Lock hospitals Punjab
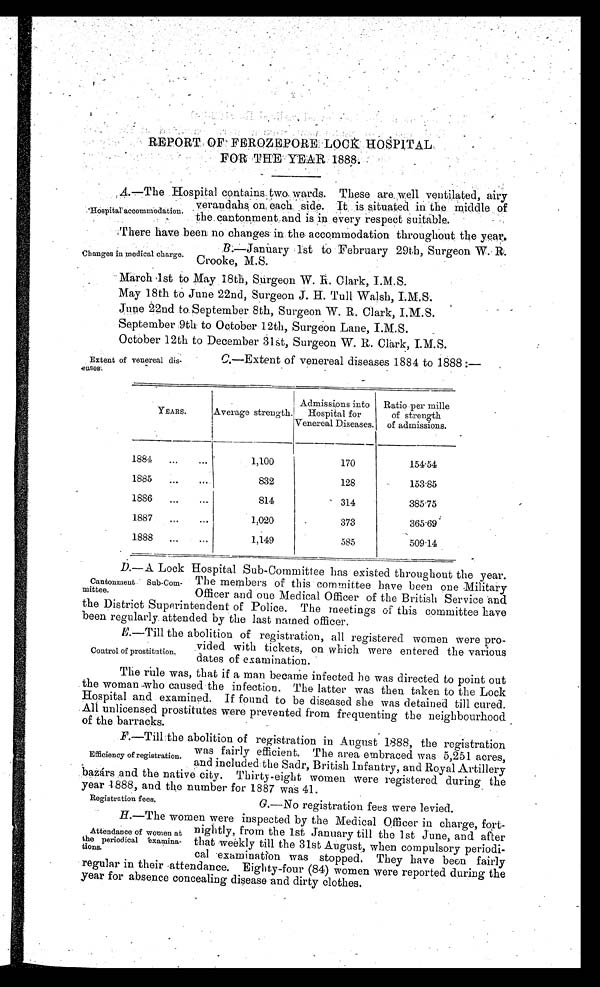
Registration fees.
G. —No registration fees were levied.
REPORT OF` FEROZEPORE LOCK HOSPITAL
FOR THE YEAR 1888.
A .—The Hospital contains two wards. These are well ventilated, airy
verandahs, on each side. It is situated in the middle of
the cantonment and is in every respect suitable.
There have been no changes in the accommodation throughout the year.
B
.—January 1st to February 29th, Surgeon W. R.
Crooke, M.S.
March 1st to May 18th, Surgeon W. R. Clark, I.M.S.
May 18th to June 22nd, Surgeon J. H. Tull Walsh, I.M.S.
June 22nd to September 8th, Surgeon W. R. Clark, I.M.S.
September 9th to October 12th, Surgeon Lane, I.M.S.
October 12th to December 31st, Surgeon W. R. Clark,
Hospital accommodation.
Changes in medical charge.
Extent of venereal dis-
,eases.
C.—Extent of venereal diseases 1884 to 1888 :—
YEARS.
Average strength.
Admissions into
Hospital for
Venereal Diseases.
Ratio per naille
of strength
of admissions.
1884
...
...
1,100
170
154.54
1885
...
...
832
128
153.85
1886
...
. . .
814
314
385.75
1887
...
. . .
1,020
373
365.69
1888
...
...
1,149
585
509.14
D. —A. Lock Hospital Sub-Committee has existed throughout the year.
The members of this committee have been one Military
Officer and one Medical Officer of the British Service and
the District Superintendent of Police. The meetings of this committee have
been regularly attended by the last named officer.
E.—Till the abolition of registration, all registered women were pro-
vided with tickets, on which were entered the various
dates of examination.
The rule was, that if a man became infected he was directed to point out
the woman-who caused the infection. The latter was then taken to the Lock
Hospital and examined. If found to be diseased she was detained till cured.
All unlicensed prostitutes were prevented from frequenting the neighbourhood
of the barracks.
F.—Till the abolition of registration in August 1888, the registration
was fairly efficient. The area embraced was 5,251 acres,
and included the Sadr, British Infantry, and Royal Artillery
bazárs and the native city. Thirty-eight women were registered during the
year 1888, and the number for 1887 was 41.
Cantonment Sub-Com-
mittee.
Control of prostitution.
Efficiency of registration.
H. —The women were inspected by the Medical Officer in charge, fort-
nightly, from the 1st January till the 1st June, and after
that weekly till the 31st August, when compulsory periodi-
cal -examination was stopped. They have been fairly
regular in their attendance. Eighty-four (84) women were reported during the
year for absence concealing disease and dirty clothes.
Attendance of women at
the periodical 'examina-
tions.